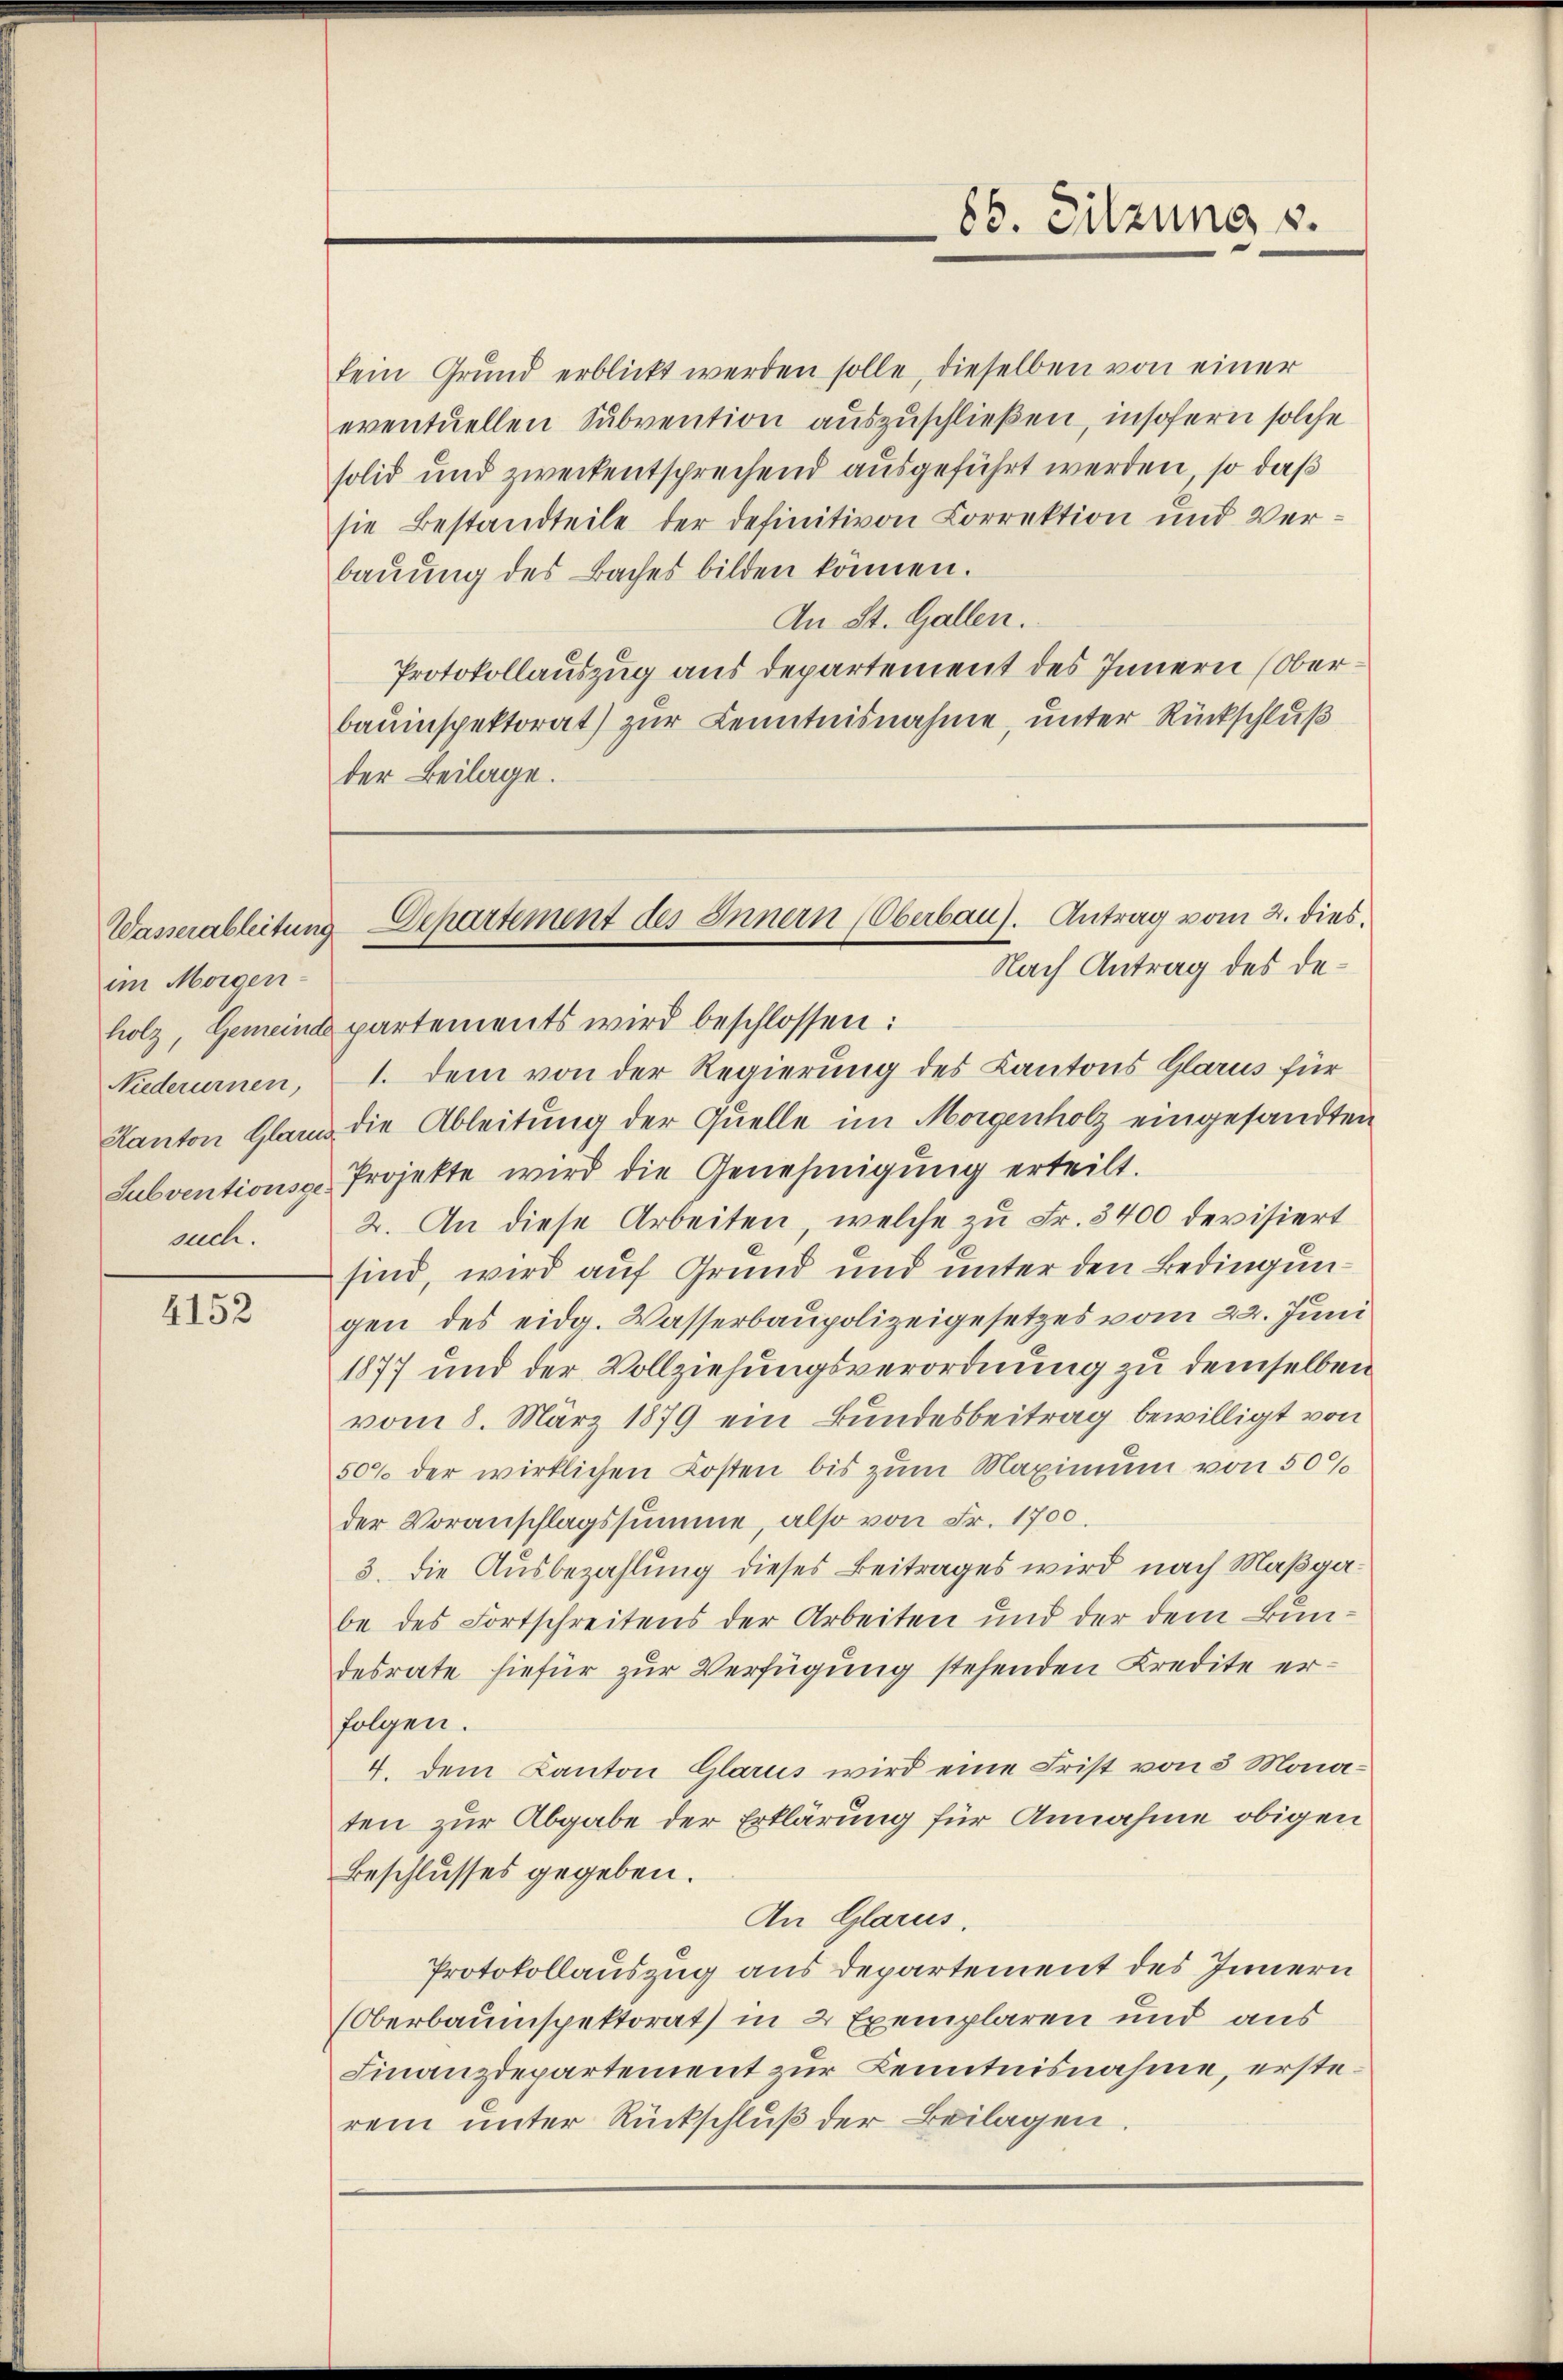
im Morgen-
ach.

4152

fein Grund erblickt werden solle, dieselben von einer
eventuellen Subvention auszuschließen, insofern solche
solid und zweckentsprechend ausgeführt werden, so daß
sie Bestandteile der definitiven Correktion und Verbaŭŭng des Baches bilden können.
An St. Gallen.
Protokollauszug aus departement des Innern (Oberbauinspektorat) zur Kenntnisnahme, unter Rückschluß
der Beilage.

holz, Gemeinde partements wird beschlossen:
Niederurnen, 1. dem von der Regierung des Kantons Glarus für
Kanton Glarus die Ableitung der Quelle im Morgenholz eingesandten
Subventions-Projekte wird die Genehmigung erteilt.
2. An diese Arbeiten, welche zu Fr. 3400 devisiert
sind, wird auf Grund und unter den Bedingungen des eidg. Wasserbaupolizeigesetzes vom 22. Juni
1877 und der Vollziehungsverordnung zu demselben
vom 8. März 1879 ein Bundesbeitrag bewilligt von
50% der wirklichen Kosten bis zum Maximum von 50%
der Voranschlagssumme, also von Fr. 1700.
3. Die Ausbezahlung dieses Beitrages wird nach Maßgabe des Fortschreitens der Arbeiten und der dem Bundesrate hiefür zur Verfügung stehenden Kredite erfolgen.
4. dem Kanton Glarus wird eine Frist von 3 Monaten zur Abgabe der Erklärung für Annahme obigen
Beschlusses gegeben.
An Glarus.
Protokollauszug aus Departement des Innern
(Oberbaumspektorat in 2 Exemplaren und aus
Finanzdepartement zur Kenntnisnahme, ersterem unter Rückschluß der Beilagen.

85. Sitzung 3.

Wasserableitung Departement des Innern Oberbau). Antrag vom 2. dies
Nach Antrag des de¬